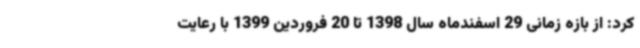
کرد: از بازه زمانی 29 اسفندماه سال 1398 تا 20 فروردین 1399 با رعایت